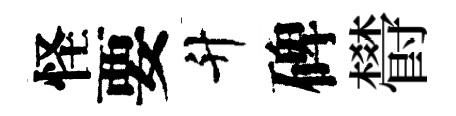
怪要升碑欎